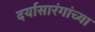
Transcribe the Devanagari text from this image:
दर्यासारंगांच्या